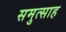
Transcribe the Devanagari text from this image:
समुत्साह